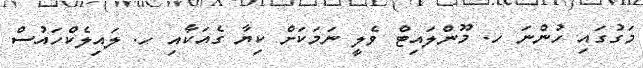
މަގުގައި ހުންނަ ހ. މޫންލައިޓް ވެލީ ނަމަކަށް ކިޔާ ގެއަކާއި ހ. ލައިލެކްހައުސް